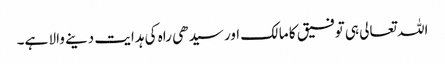
اللہ تعالی ہی توفیق کا مالک اور سیدھی راہ کی ہدایت دینے والا ہے۔